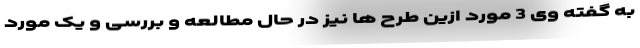
به گفته وی 3 مورد ازین طرح ها نیز در حال مطالعه و بررسی و یک مورد